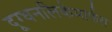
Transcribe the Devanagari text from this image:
दूग्धनलिकेमार्फत